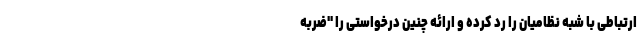
ارتباطی با شبه نظامیان را رد کرده و ارائه چنین درخواستی را "ضربه